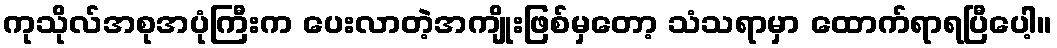
ကုသိုလ်အစုအပုံကြီးက ပေးလာတဲ့အကျိုးဖြစ်မှတော့ သံသရာမှာ ထောက်ရာရပြီပေါ့။